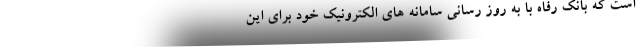
است که بانک رفاه با به روز رسانی سامانه های الکترونیک خود برای این